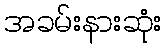
အခမ်းနားဆုံး